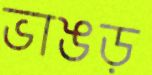
ভাঙড়